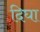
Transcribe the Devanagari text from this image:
दिघा